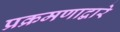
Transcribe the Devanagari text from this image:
प्रक्रमणाद्वारे